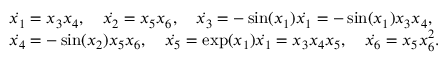
\begin{array} { r l } & { \Dot { x _ { 1 } } = x _ { 3 } x _ { 4 } , \quad \Dot { x _ { 2 } } = x _ { 5 } x _ { 6 } , \quad \Dot { x _ { 3 } } = - \sin ( x _ { 1 } ) \Dot { x _ { 1 } } = - \sin ( x _ { 1 } ) x _ { 3 } x _ { 4 } , } \\ & { \Dot { x _ { 4 } } = - \sin ( x _ { 2 } ) x _ { 5 } x _ { 6 } , \quad \Dot { x _ { 5 } } = \exp ( x _ { 1 } ) \Dot { x _ { 1 } } = x _ { 3 } x _ { 4 } x _ { 5 } , \quad \Dot { x _ { 6 } } = x _ { 5 } x _ { 6 } ^ { 2 } . } \end{array}